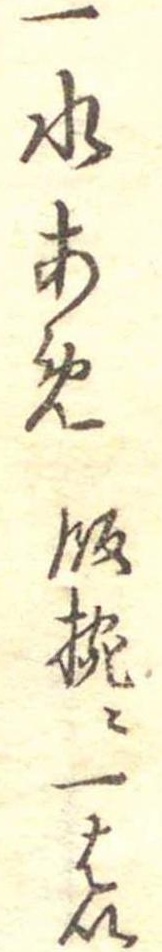
一水あめ飯椀に一はい